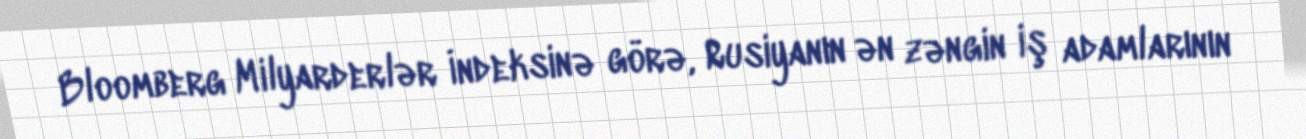
Bloomberg Milyarderlər İndeksinə görə, Rusiyanın ən zəngin iş adamlarının